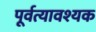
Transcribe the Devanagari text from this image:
पूर्वत्यावश्यक